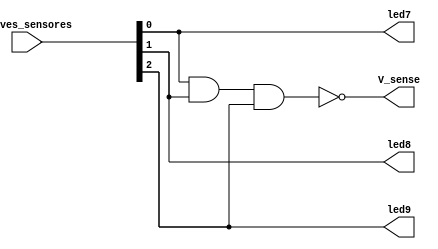
module Sensores(chaves_sensores, V_sense, led7, led8, led9);

	//CH6 - SP, CH5 - SR e CH4 - SN
	input [2:0] chaves_sensores; //CH6 = chaves_sensores[2], CH5 = chaves_sensores[1], CH4 = chaves_sensores[0]
	output V_sense, led7, led8, led9;
	
	buf(led9, chaves_sensores[2]); //acende led para indicar funcionamento do sensor SP
	buf(led8, chaves_sensores[1]); //acende led para indicar funcionamento do sensor SR
	buf(led7, chaves_sensores[0]); //acende led para indicar funcionamento do sensor SN

	//combinaes dos sensores
   nand(V_sense, chaves_sensores[0], chaves_sensores[1], chaves_sensores[2]);
	//Se pelo menos um dos sensores estiver desativado, a sada erro_sensor recebe nivel lgico alto


endmodule